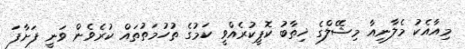
މިއާއެކު މެލާނިއާ މިޝޭލްގެ ޚިތާބު ކޮޕީކުރެއްވީ ކަމުގެ ތުހުމަތުތައް ކުރެވެން ވަނީ ފަށާފަ